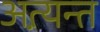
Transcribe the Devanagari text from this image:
अत्य़न्त